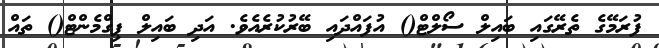
ފުރަމޭގެ ތެރޭގައި ބައިލް ސޯލްޓް() އުފައްދައި ބޭރުކުރެއެވެ. އަދި ބައިލް ޕިގްމެންޓް() ތައް